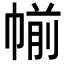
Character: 㡐